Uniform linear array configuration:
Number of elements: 24
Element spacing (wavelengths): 0.5
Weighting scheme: hann
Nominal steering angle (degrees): -30
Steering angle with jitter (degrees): -28.249
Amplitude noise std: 0.05
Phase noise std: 0.05

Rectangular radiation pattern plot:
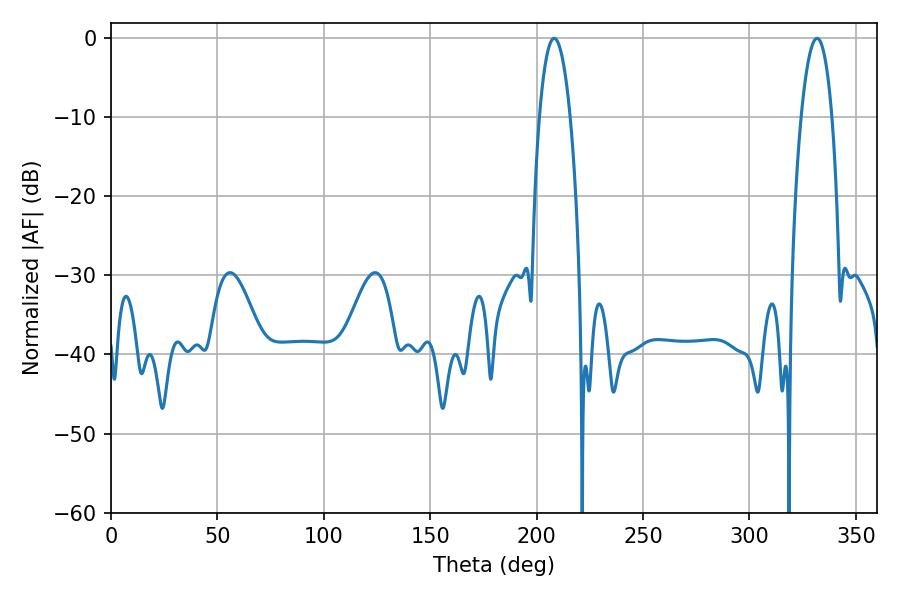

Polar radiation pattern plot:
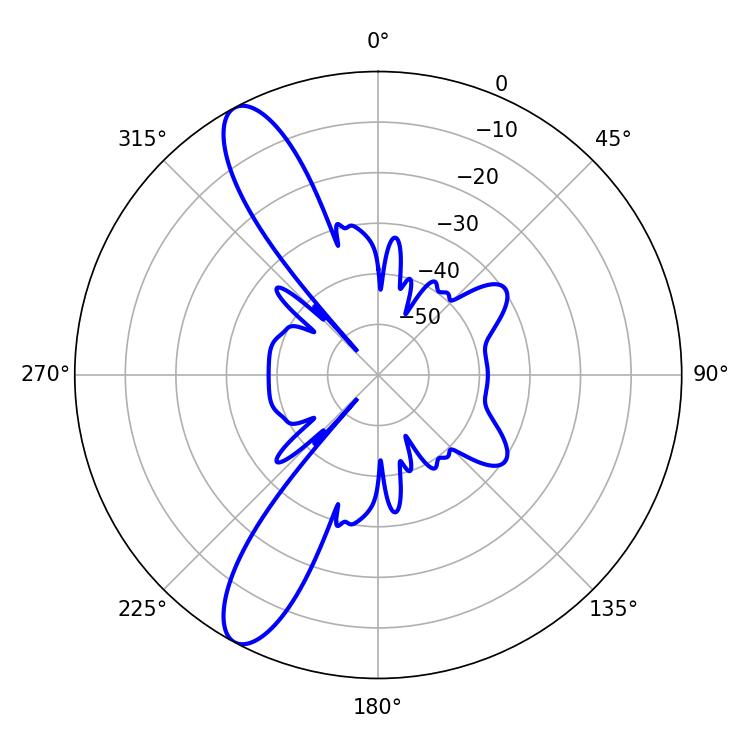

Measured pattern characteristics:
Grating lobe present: FALSE
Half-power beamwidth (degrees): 8.1
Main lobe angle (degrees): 208.26